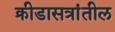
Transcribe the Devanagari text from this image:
क्रीडासत्रांतील